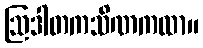
ဩဒါတကသိဏကထာ။